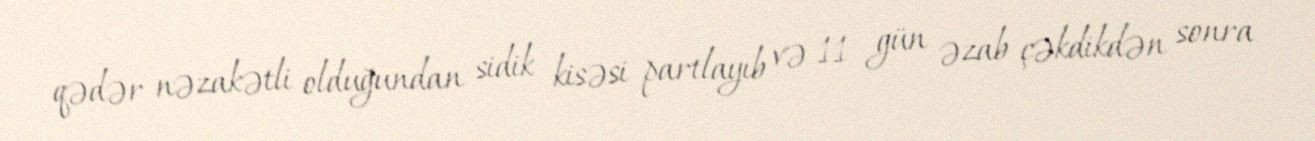
qədər nəzakətli olduğundan sidik kisəsi partlayıb və 11 gün əzab çəkdikdən sonra